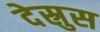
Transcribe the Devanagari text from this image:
देस्रुस